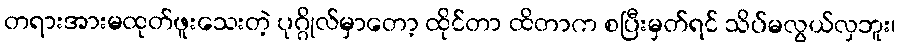
တရားအားမထုတ်ဖူးသေးတဲ့ ပုဂ္ဂိုလ်မှာတော့ ထိုင်တာ ထိတာက စပြီးမှတ်ရင် သိပ်မလွယ်လှဘူး၊